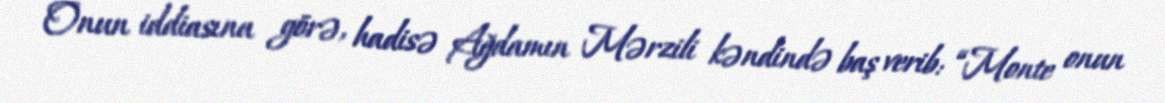
Onun iddiasına görə, hadisə Ağdamın Mərzili kəndində baş verib: “Monte onun